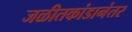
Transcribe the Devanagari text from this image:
जळीतकांडानंतर